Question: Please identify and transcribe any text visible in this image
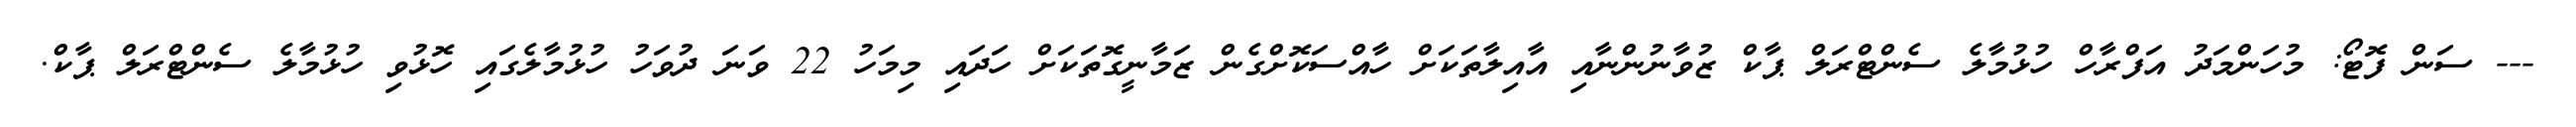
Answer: --- ސަން ފޮޓޯ: މުހަންމަދު އަފްރާހް ހުޅުމާލެ ސެންޓްރަލް ޕާކް ޒުވާނުންނާއި އާއިލާތަކަށް ހާއްސަކޮށްގެން ޒަމާނީގޮތަކަށް ހަދައި މިމަހު 22 ވަނަ ދުވަހު ހުޅުމާލެގައި ހޮޅުވި ހުޅުމާލެ ސެންޓްރަލް ޕާކް.